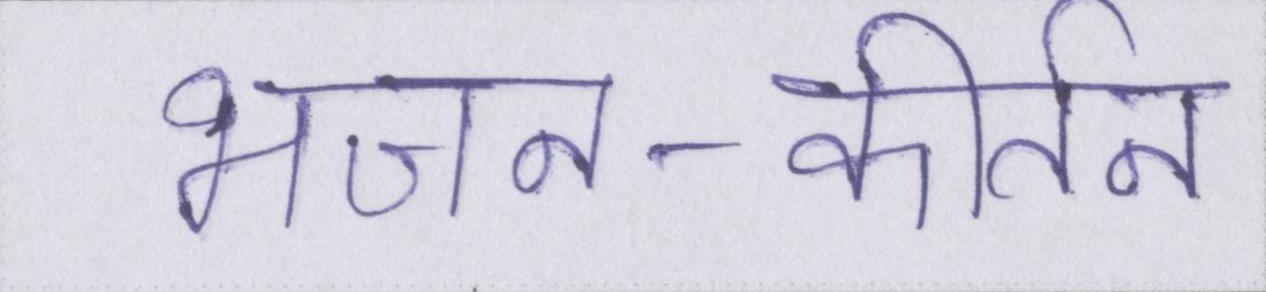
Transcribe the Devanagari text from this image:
भजन-कीर्तन